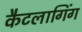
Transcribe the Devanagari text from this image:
कैटलागिंग